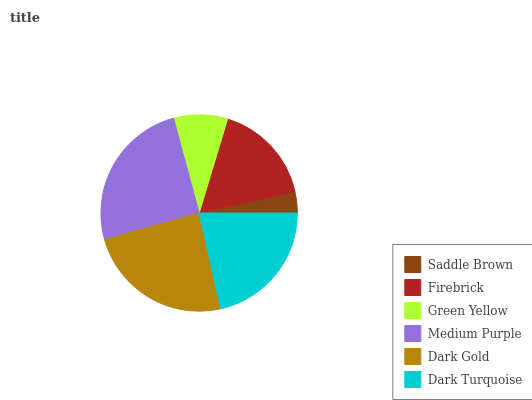
| Saddle Brown | Firebrick | Green Yellow | Medium Purple | Dark Gold | Dark Turquoise |
 | --- | --- | --- | --- | --- | --- |
 | 3.5% | 16.9% | 8.86% | 25.1% | 24.2% | 21.5% |